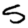
Digit: 5